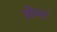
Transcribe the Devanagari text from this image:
प्रोज्ट